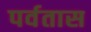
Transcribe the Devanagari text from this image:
पर्वतास